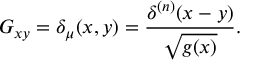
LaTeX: G _ { x y } = \delta _ { \mu } ( x , y ) = { \frac { \delta ^ { ( n ) } ( x - y ) } { \sqrt { g ( x ) } } } .